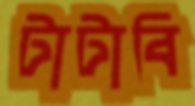
টাটাবি